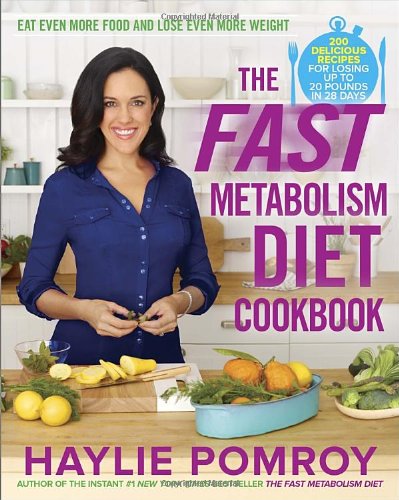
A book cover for The Fast Metabolism Diet Cookbook: Eat Even More Food and Lose Even More Weight; Haylie Pomroy; Cookbooks, Food & Wine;